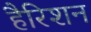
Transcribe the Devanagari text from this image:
हैरिशन